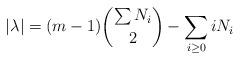
LaTeX: \begin{align*}|\lambda|=(m-1){\sum N_i \choose 2}-\sum_{i\geq 0}i N_i\end{align*}